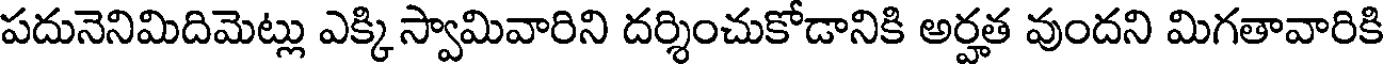
పదునెనిమిదిమెట్లు ఎక్కి స్వామివారిని దర్శించుకోడానికి అర్హత వుందని మిగతావారికి